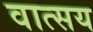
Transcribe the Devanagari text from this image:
वात्सय